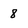
Character: 8